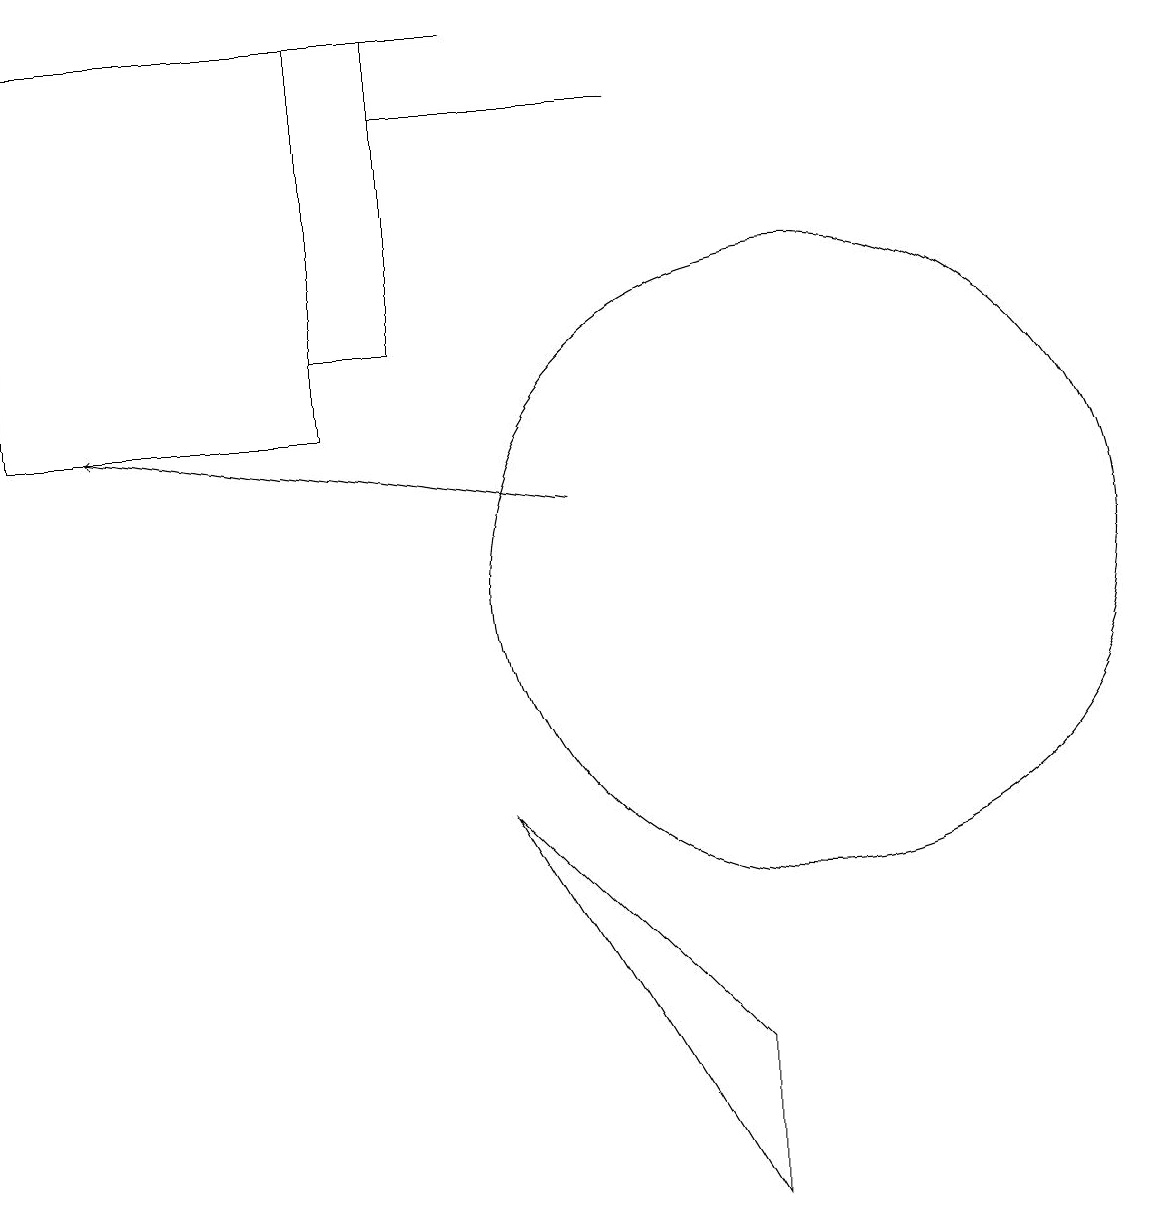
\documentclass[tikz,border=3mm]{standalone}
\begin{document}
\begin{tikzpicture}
\draw (5,13) rectangle (4,17);
\draw (10,10) circle (4);
\draw (0,17) rectangle (6,17);
\draw (9,2) -- (6,7) -- (9,4) -- cycle;
\draw (10,10) circle (0);
\draw (0,17) rectangle (4,12);
\draw[->] (7,11) -- (1,12);
\draw (8,16) rectangle (5,16);
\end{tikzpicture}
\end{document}